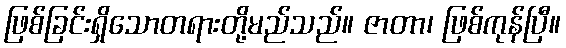
ဖြစ်ခြင်းရှိသောတရားတို့မည်သည်။ ဇာတာ၊ ဖြစ်ကုန်ပြီ။